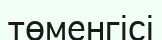
төменгісі